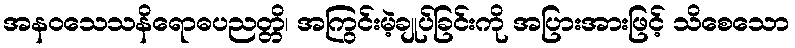
အနဝသေသနိရောဓပညတ္တိ၊ အကြွင်းမဲ့ချုပ်ခြင်းကို အပြားအားဖြင့် သိစေသော